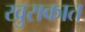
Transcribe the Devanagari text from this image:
खुराकात